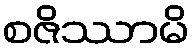
စဇိဿာမိ